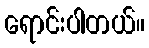
ရောင်းပါတယ်။